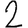
Digit: 2